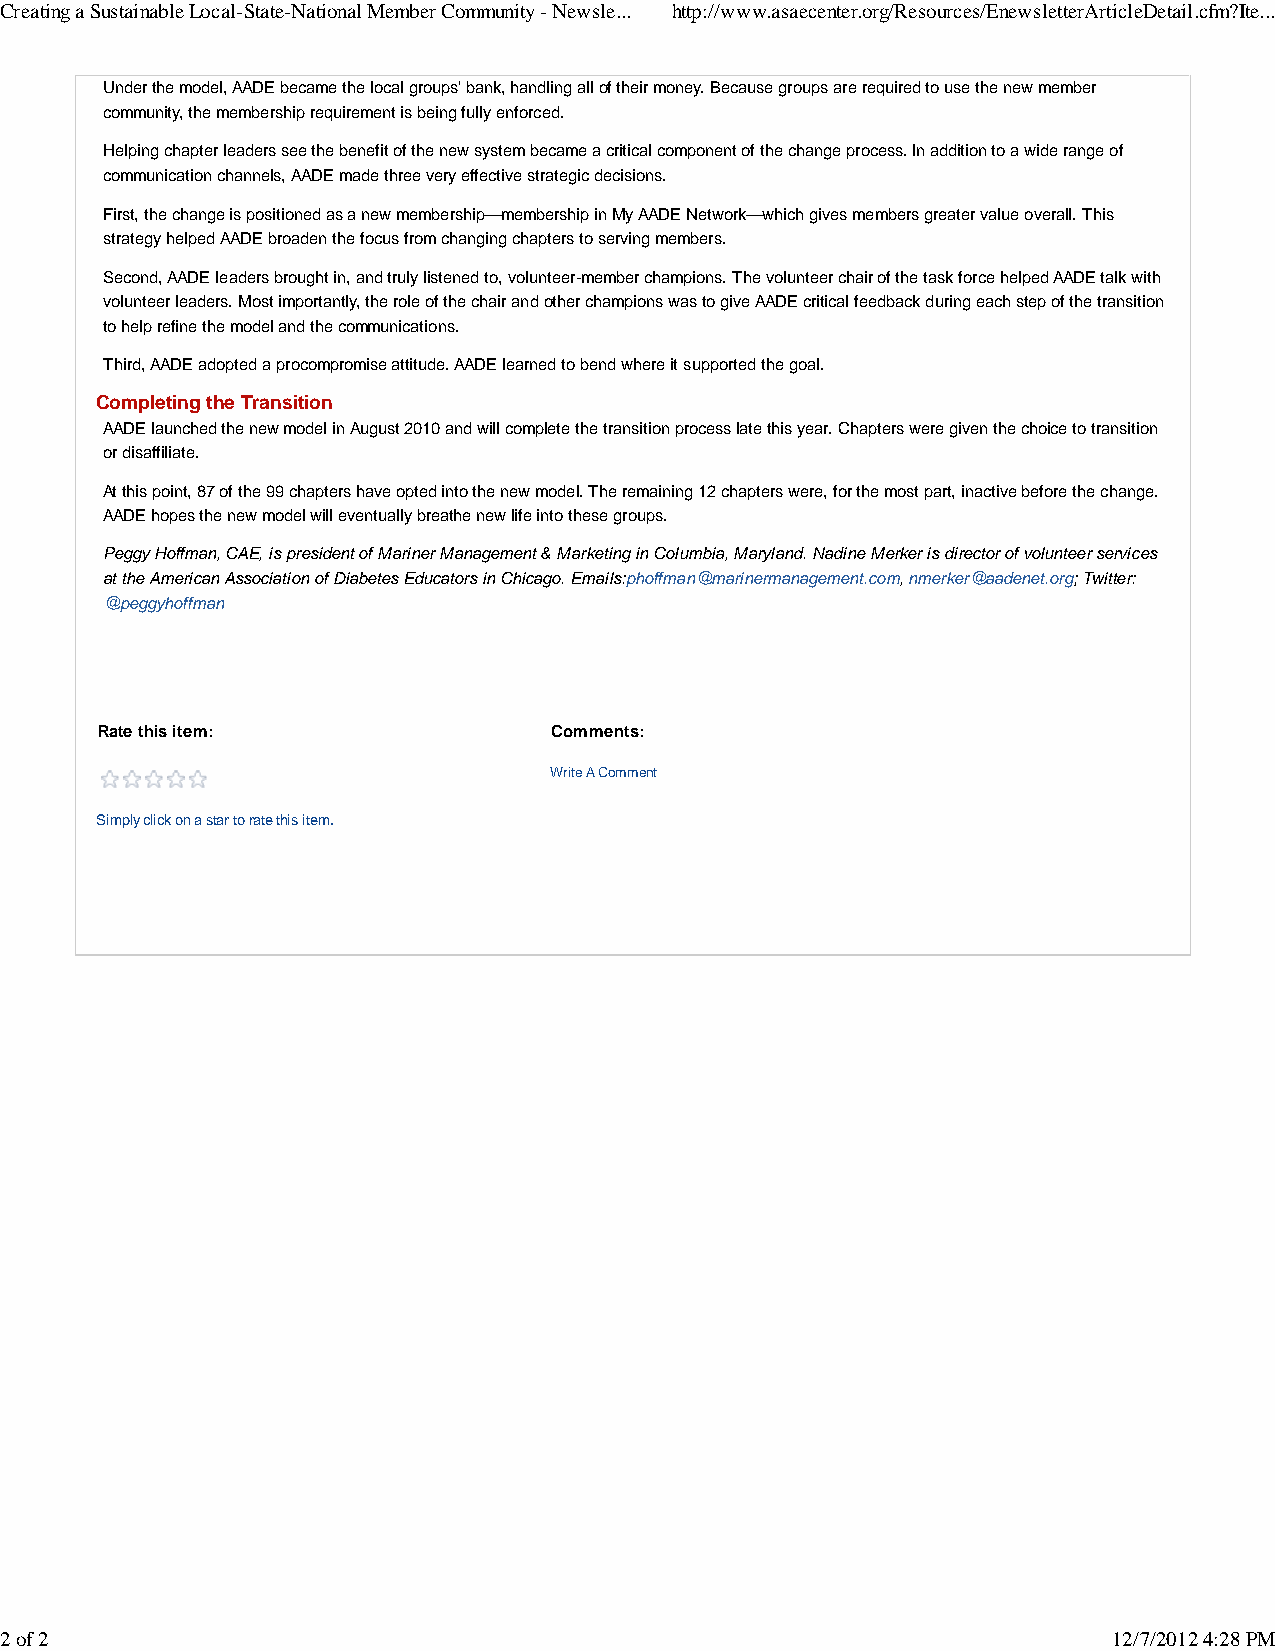
Creating a Sustainable Local-State-National Member Community - Newsle... http://www.asaecenter.org/Resources/EnewsletterArticleDetail.cfm?Ite...
 Under the model, AADE became the local groups' bank, handling all of their money. Because groups are required to use the new member
 community, the membership requirement is being fully enforced.
 Helping chapter leaders see the benefit of the new system became a critical component of the change process. In addition to a wide range of
 communication channels, AADE made three very effective strategic decisions.
 First, the change is positioned as a new membership—membership in My AADE Network—which gives members greater value overall. This
 strategy helped AADE broaden the focus from changing chapters to serving members.
 Second, AADE leaders brought in, and truly listened to, volunteer-member champions. The volunteer chair of the task force helped AADE talk with
 volunteer leaders. Most importantly, the role of the chair and other champions was to give AADE critical feedback during each step of the transition
 to help refine the model and the communications.
 Third, AADE adopted a procompromise attitude. AADE learned to bend where it supported the goal.
 Completing the Transition
 AADE launched the new model in August 2010 and will complete the transition process late this year. Chapters were given the choice to transition
 or disaffiliate.
 At this point, 87 of the 99 chapters have opted into the new model. The remaining 12 chapters were, for the most part, inactive before the change.
 AADE hopes the new model will eventually breathe new life into these groups.
 Peggy Hoffman, CAE, is president of Mariner Management & Marketing in Columbia, Maryland. Nadine Merker is director of volunteer services
 at the American Association of Diabetes Educators in Chicago. Emails:phoffman@marinermanagement.com, nmerker@aadenet.org; Twitter:
 @peggyhoffman
 Rate this item:                Comments:
 Write A Comment
 Simply click on a star to rate this item.
 2 of 2                                                                    12/7/2012 4:28 PM